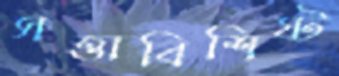
সত্তাবিশিষ্ট